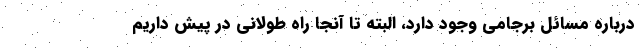
درباره مسائل برجامی وجود دارد، البته تا آنجا راه طولانی در پیش داریم